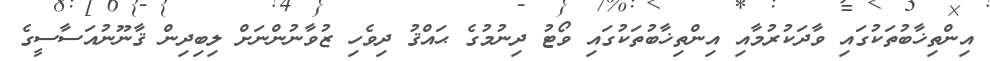
އިންތިޚާބުތަކުގައި ވާދަކުރުމާއި އިންތިޚާބުތަކުގައި ވޯޓު ދިނުމުގެ ޙައްޤު ދިވެހި ޒުވާނުންނަށް ލިބިދިން ޤާނޫނުއަސާސީގެ